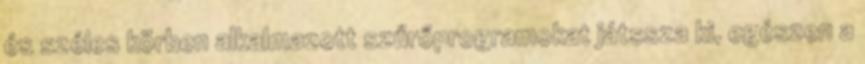
és széles körben alkalmazott szűrőprogramokat játssza ki, egészen a